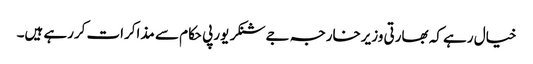
خیال رہے کہ بھارتی وزیرخارجہ جےشنکر یورپی حکام سے مذاکرات کررہے ہیں۔